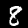
Label: 8